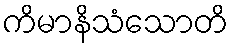
ကိမာနိသံသောတိ